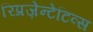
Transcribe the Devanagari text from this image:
रिप्रज़ेन्टेटिव्स